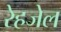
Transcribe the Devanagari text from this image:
रेहजेल